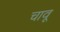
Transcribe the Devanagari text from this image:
चावू